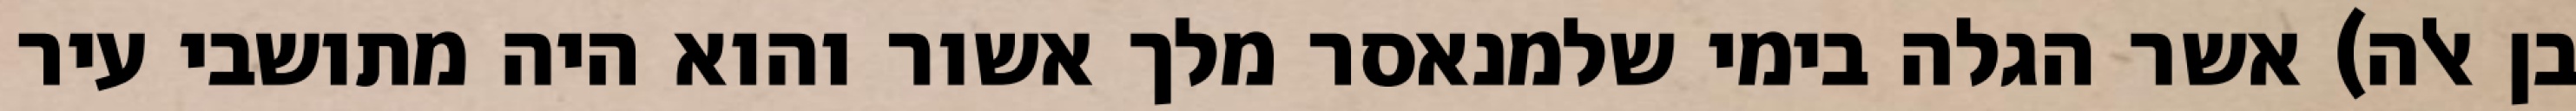
בן אלה) אשר הגלה בימי שלמנאסר מלך אשור והוא היה מתושבי עיר